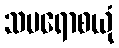
သမရောစယုံ